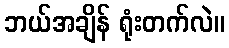
ဘယ်အချိန် ရုံးတက်လဲ။